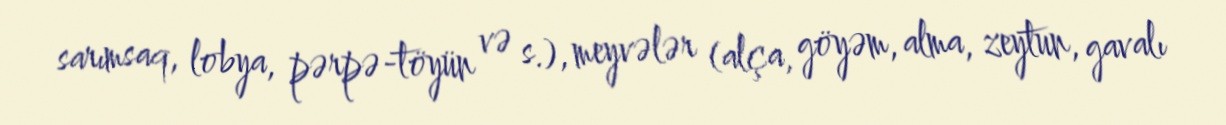
sarımsaq, lobya, pərpə-töyün və s.), meyvələr (alça, göyəm, alma, zeytun, gavalı